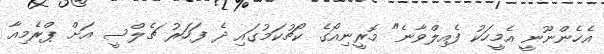
އެހެންނޫނީ އެމީހަކު ފެއިލްވާނެ" މޮރީނިއޯގެ ކޯޗުކަމުގައި ދެ ފަހަރު ޗެލްސީ އަށް ޕްރެމިއާ